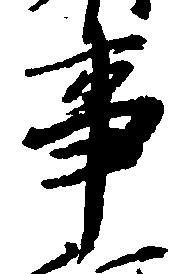
事